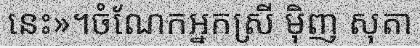
នេះ»។ចំណែកអ្នកស្រី ម៉ិញ សុតា